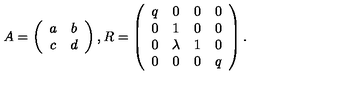
A = \left( \begin{array} { c c } { a } & { b } \\ { c } & { d } \\ \end{array} \right) , R = \left( \begin{array} { c c c c } { q } & { 0 } & { 0 } & { 0 } \\ { 0 } & { 1 } & { 0 } & { 0 } \\ { 0 } & { \lambda } & { 1 } & { 0 } \\ { 0 } & { 0 } & { 0 } & { q } \\ \end{array} \right) .